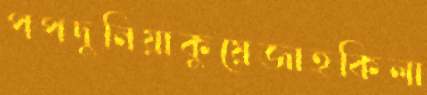
পপদুনিয়াকুয়েজাহকিলা